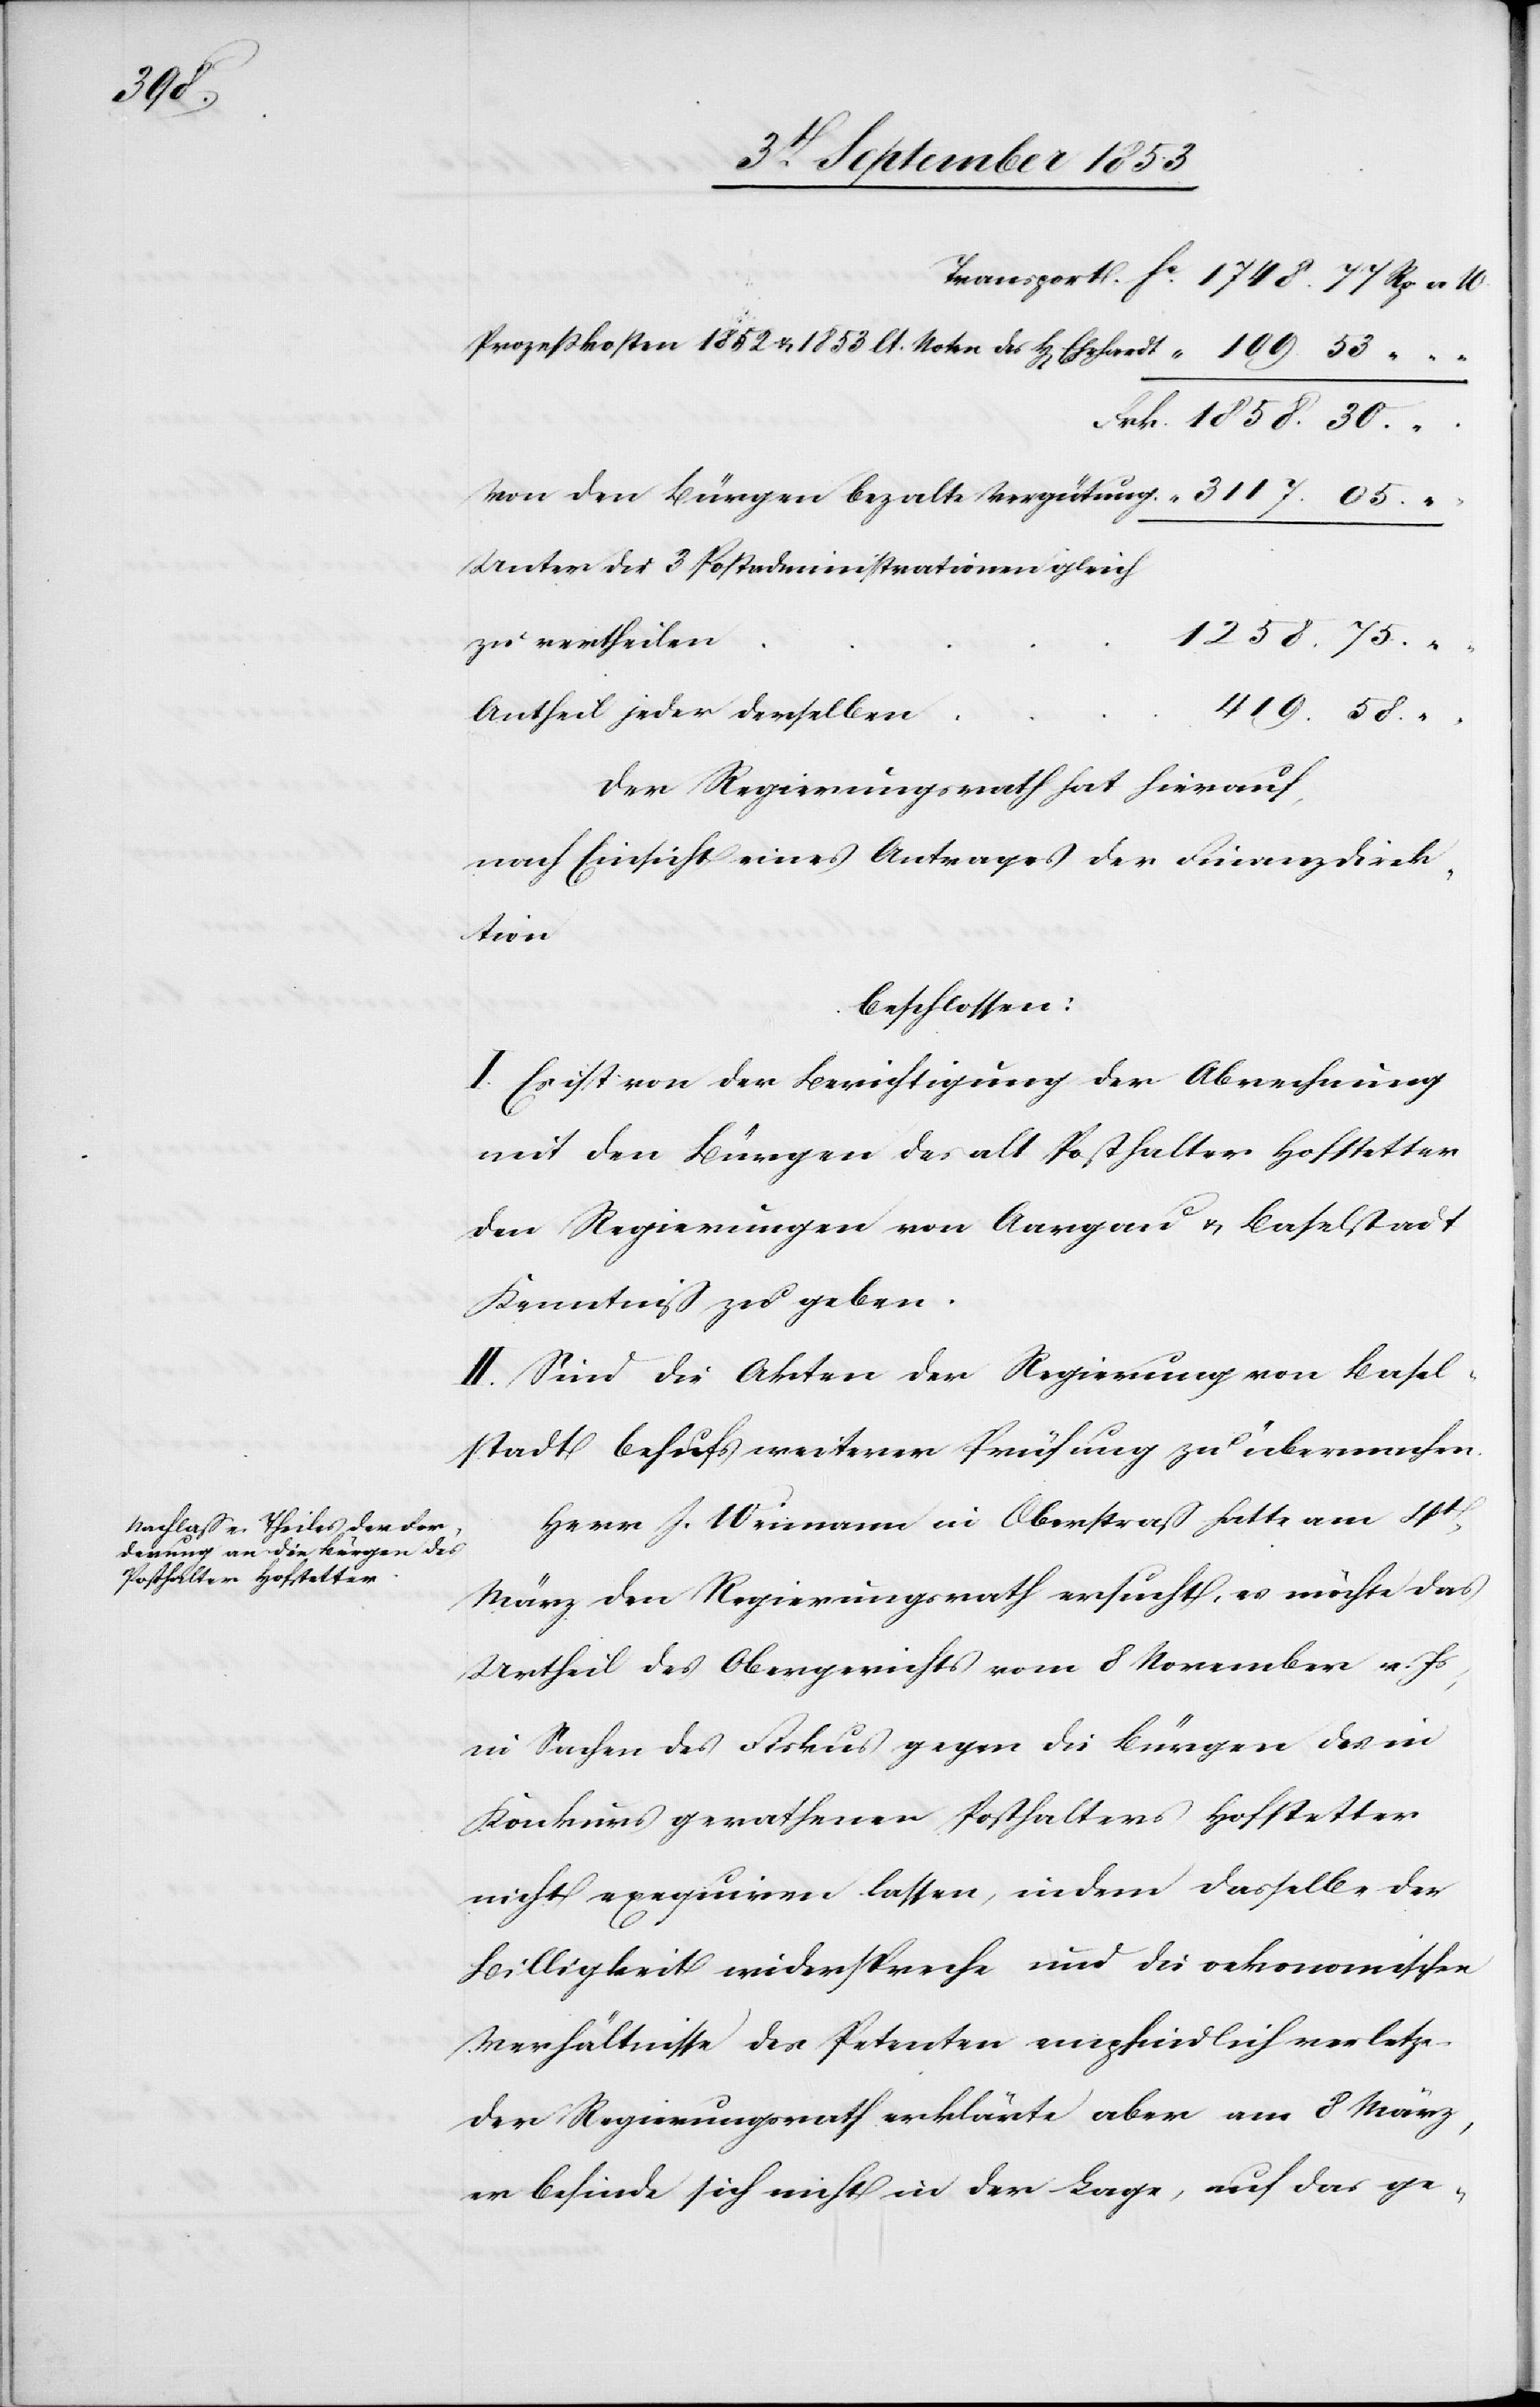
75.

Prozeßkosten 1852 u. 1853 lt. Noten des H[errn]
Frk. 1858. 30. “
Von den Bürgen bezalte Vergütung					“	3117. 05. “
Unter die 3 Postadministrationen gleich
418. 58. “
Der Regierungsrath hat hierauf,
nach Einsicht eines Antrages der Finanzdirek¬
tion
beschlossen:
I. Es ist von der Berichtigung der Abrechnung
mit den Bürgern des alt Posthalter Hofstetter
den Regierungen von Aargau u. Baselstadt
Kenntniß zu geben.
II. Sind die Akten der Regierung von Basel¬
stadt behufs weiterer Prüfung zu übermachen.
Herr J. Weimann in Oberstraß hatte am 4t
März den Regierungsrath ersucht, er möchte das
Urtheil des Obergerichtes vom 8 November v. Js.,
in Sachen des Fiskus gegen die Bürgen des in
Konkurs gerathenen Posthalters Hofstetter
nicht exequiren lassen, indem dasselbe der
Billigkeit widerspreche und die oekonomischen
Verhältnisse der Petenten empfindlich verletze.
Der Regierungsrath erklärte aber am 8 März,
er befinde sich nicht in der Lage, auf das ge-